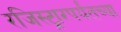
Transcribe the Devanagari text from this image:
रजिस्ट्रारपर्यंतच्या